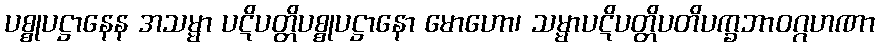
ပစ္စုပဋ္ဌာနေန အသမ္မာ ပဋိပတ္တိပစ္စုပဋ္ဌာနော မောဟော၊ သမ္မာပဋိပတ္တိပတိပက္ခဘာဝဂ္ဂဟဏာ